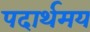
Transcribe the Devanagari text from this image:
पदार्थमय